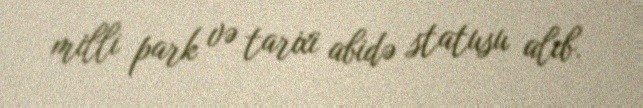
milli park və tarixi abidə statusu alıb.